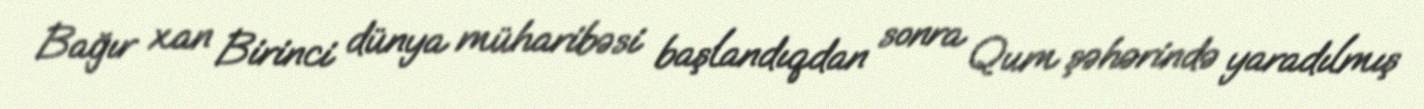
Bağır xan Birinci dünya müharibəsi başlandıqdan sonra Qum şəhərində yaradılmış